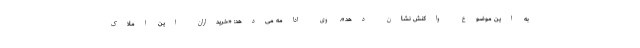
به این موضوع واکنش نشان دهد». وی ادامه می‌دهد: «خریداران این املاک